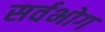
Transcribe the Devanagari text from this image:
सर्वभोग